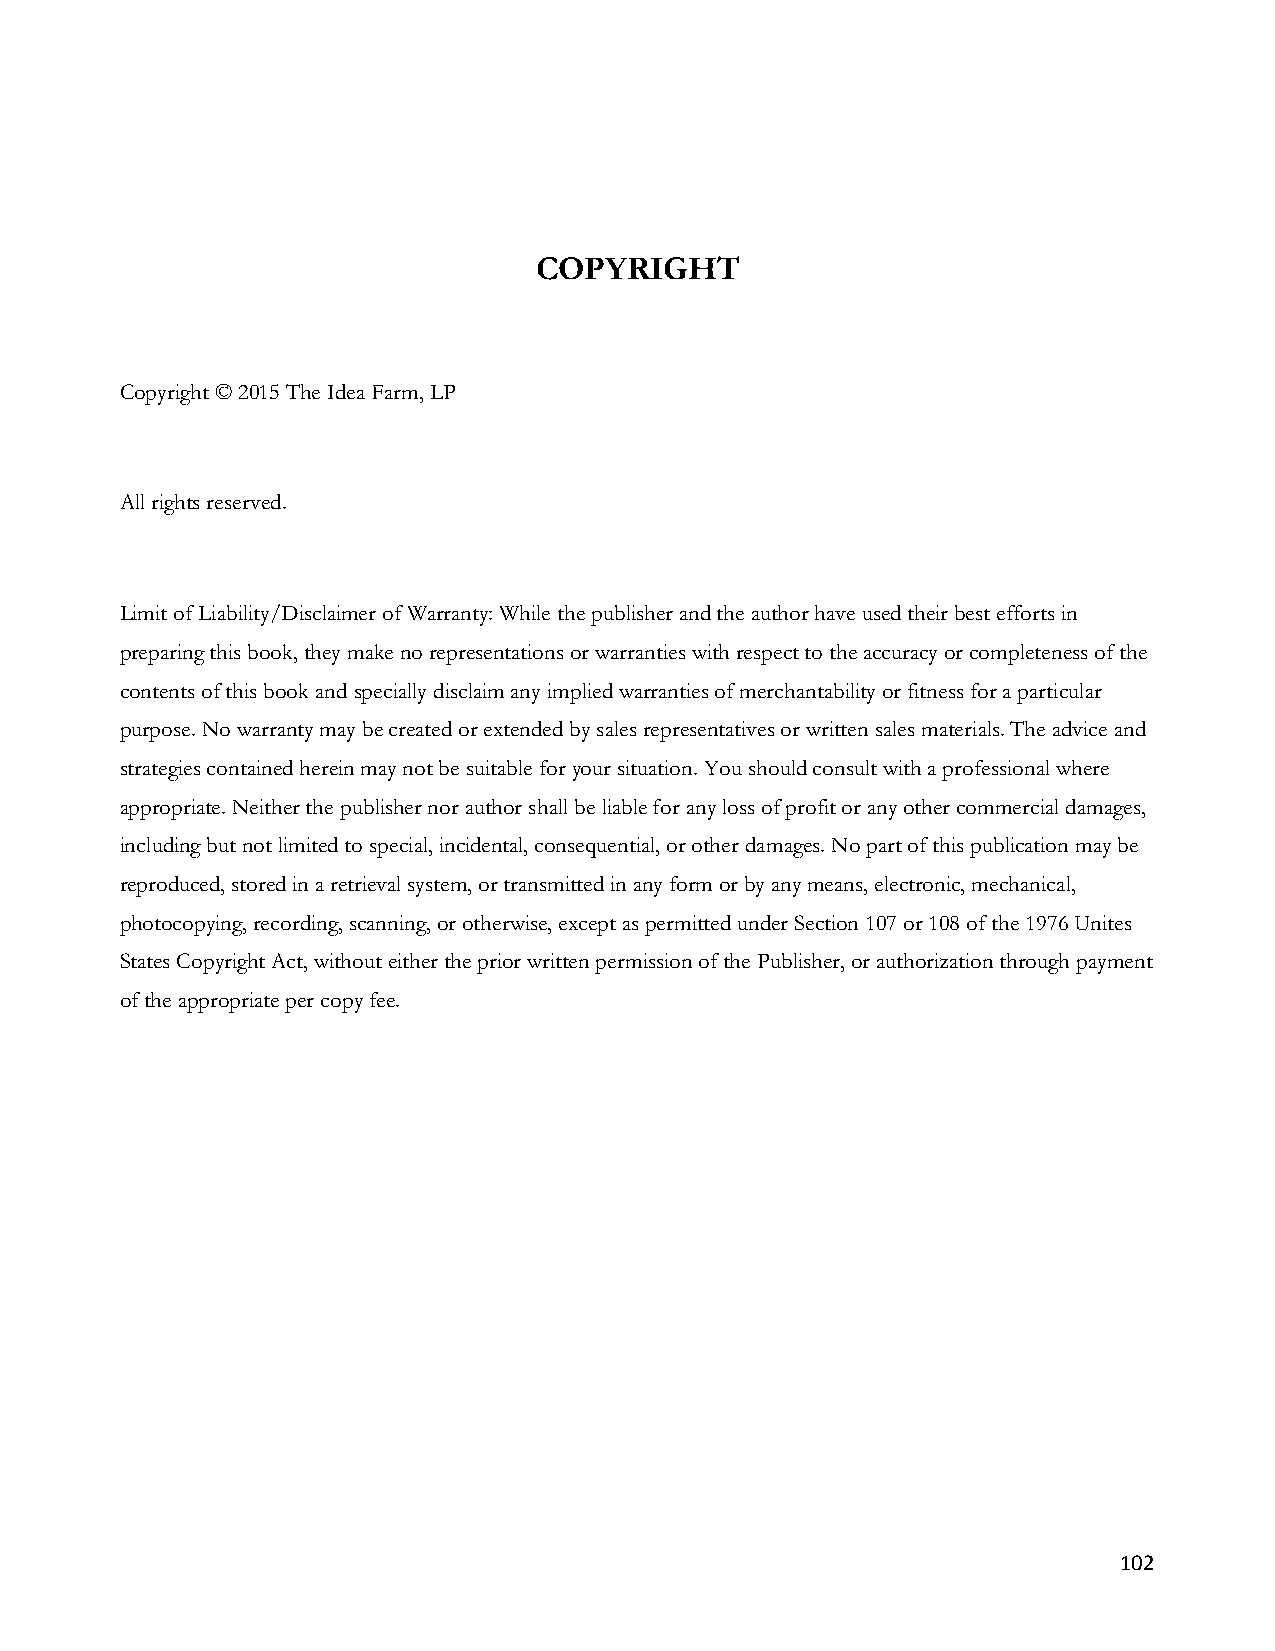
COPYRIGHT
 Copyright © 2015 The Idea Farm, LP
 All rights reserved.
 Limit of Liability/Disclaimer of Warranty: While the publisher and the author have used their best efforts in
 preparing this book, they make no representations or warranties with respect to the accuracy or completeness of the
 contents of this book and specially disclaim any implied warranties of merchantability or fitness for a particular
 purpose. No warranty may be created or extended by sales representatives or written sales materials. The advice and
 strategies contained herein may not be suitable for your situation. You should consult with a professional where
 appropriate. Neither the publisher nor author shall be liable for any loss of profit or any other commercial damages,
 including but not limited to special, incidental, consequential, or other damages. No part of this publication may be
 reproduced, stored in a retrieval system, or transmitted in any form or by any means, electronic, mechanical,
 photocopying, recording, scanning, or otherwise, except as permitted under Section 107 or 108 of the 1976 Unites
 States Copyright Act, without either the prior written permission of the Publisher, or authorization through payment
 of the appropriate per copy fee.
 102